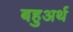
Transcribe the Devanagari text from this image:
बहुअर्थ